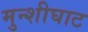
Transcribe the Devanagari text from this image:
मुन्शीघाट